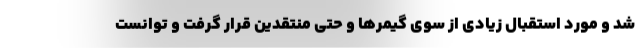
شد و مورد استقبال زیادی از سوی گیمرها و حتی منتقدین قرار گرفت و توانست